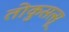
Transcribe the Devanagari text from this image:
तोकुसत्सू